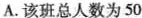
A.该班总人数为50